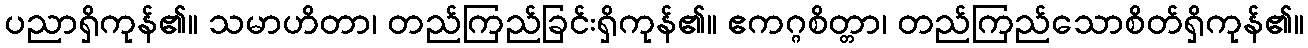
ပညာရှိကုန်၏။ သမာဟိတာ၊ တည်ကြည်ခြင်းရှိကုန်၏။ ဧကဂ္ဂစိတ္တာ၊ တည်ကြည်သောစိတ်ရှိကုန်၏။